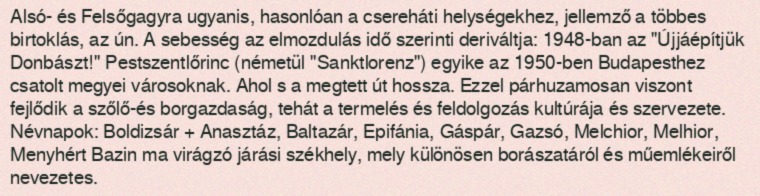
Alsó- és Felsőgagyra ugyanis, hasonlóan a csereháti helységekhez, jellemző a többes birtoklás, az ún. A sebesség az elmozdulás idő szerinti deriváltja: 1948-ban az "Újjáépítjük Donbászt!" Pestszentlőrinc (németül "Sanktlorenz") egyike az 1950-ben Budapesthez csatolt megyei városoknak. Ahol s a megtett út hossza. Ezzel párhuzamosan viszont fejlődik a szőlő-és borgazdaság, tehát a termelés és feldolgozás kultúrája és szervezete. Névnapok: Boldizsár + Anasztáz, Baltazár, Epifánia, Gáspár, Gazsó, Melchior, Melhior, Menyhért Bazin ma virágzó járási székhely, mely különösen borászatáról és műemlékeiről nevezetes.